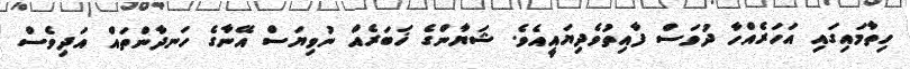
ހިތާމައިގައި އަހަރެއްހާ ދުވަސް ފާއިތުވެދިޔައީއެވެ. ޝަޔާންގެ ޚަބަރެއް ނުވިޔަސް އޭނާގެ ހަނދާންތައް އަދިވެސް